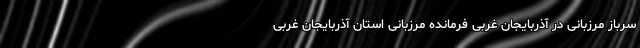
سرباز مرزبانی در آذربایجان غربی فرمانده مرزبانی استان آذربایجان غربی